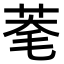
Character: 𦯮